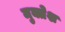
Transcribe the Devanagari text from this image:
मुक्तेश